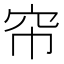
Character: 帘